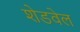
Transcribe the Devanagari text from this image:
शेडवेल